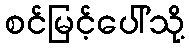
စင်မြင့်ပေါ်သို့